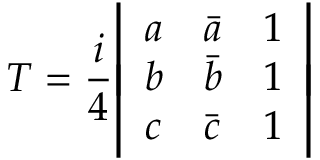
T = { \frac { i } { 4 } } { \left| \begin{array} { l l l } { a } & { { \bar { a } } } & { 1 } \\ { b } & { { \bar { b } } } & { 1 } \\ { c } & { { \bar { c } } } & { 1 } \end{array} \right| }